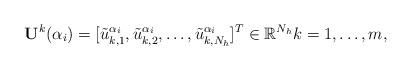
LaTeX: \begin{align*}{\bf U}^k(\alpha_i)=[\tilde u_{k, 1}^{\alpha_i}, \tilde u_{k, 2}^{\alpha_i},\ldots, \tilde u_{k, N_h}^{\alpha_i}]^T\in \mathbb{R}^{N_h} k=1, \ldots, m,\end{align*}